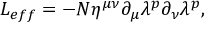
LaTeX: { \cal L } _ { e f f } = - N \eta ^ { \mu \nu } \partial _ { \mu } \lambda ^ { p } \partial _ { \nu } \lambda ^ { p } ,